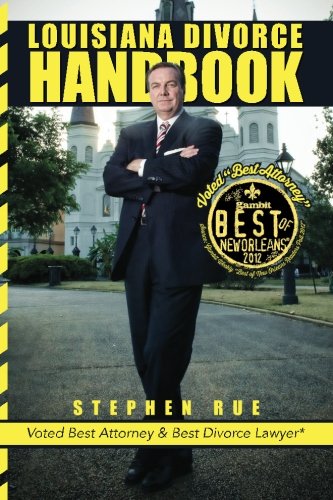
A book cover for Louisiana Divorce Handbook: New Orleans Divorce Lawyer Stephen Rue's Guide on How to Win Your Divorce, Child Custody, Child Support, Spousal Support and Community Property Division; Stephen Rue; Law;